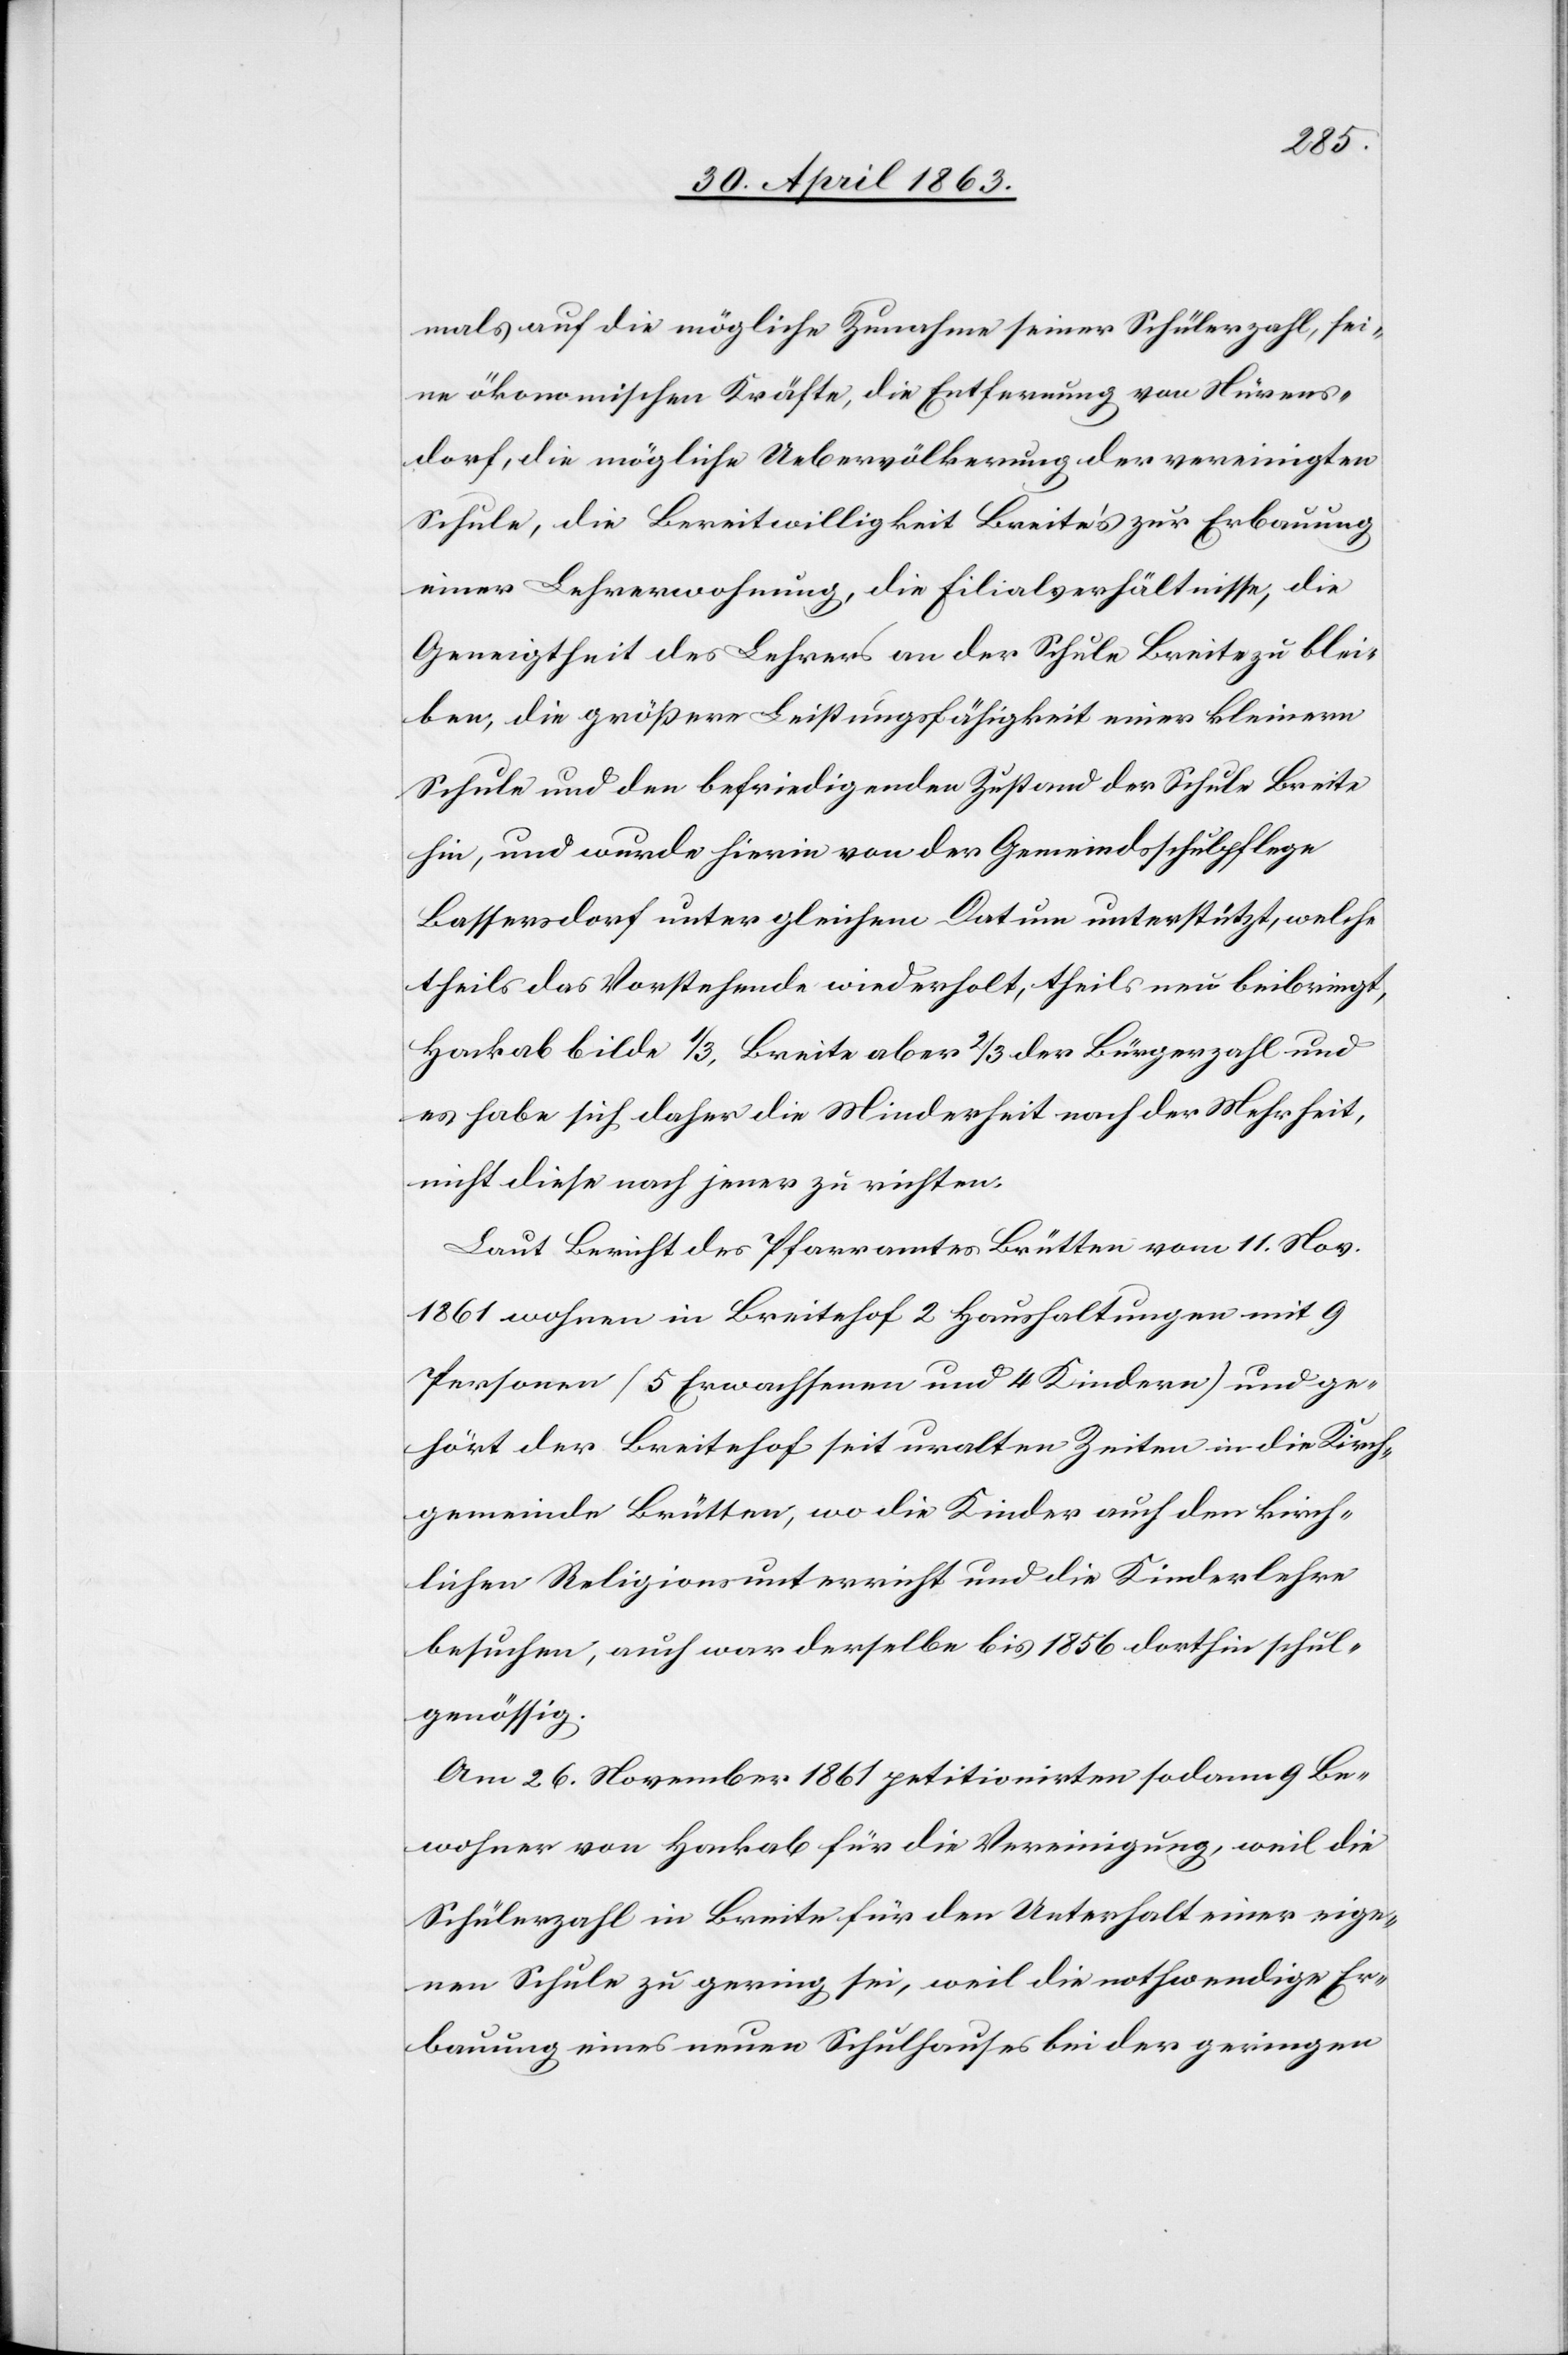
mals auf die mögliche Zunahme seiner Schülerzahl, sei¬
ne ökonomischen Kräfte, die Entfernung von Nürens¬
dorf, die mögliche Uebervölkerung der vereinigten
Schule, die Bereitwilligkeit Breite's zur Erbauung
einer Lehrerwohnung, die Filialverhältnisse, die
Geneigtheit des Lehrers an der Schule Breite zu blei¬
ben, die größere Leistungsfähigkeit einer kleinern
Schule und den befriedigenden Zustand der Schule Breite
hin, und wurde hierin von der Gemeindsschulpflege
Bassersdorf unter gleichem Datum unterstützt, welche
theils das Vorstehende wiederholt, theils neu beibringt,
Hackab bilde 1/3, Breite aber 2/3 der Bürgerzahl und
es habe sich daher die Minderheit nach der Mehrheit,
nicht diese nach jener zu richten.
Laut Bericht des Pfarramtes Brütten vom 11. Nov.
1861 wohnen in Breitehof 2 Haushaltungen mit 9
Personen (5 Erwachsenen und 4 Kindern) und ge¬
hört der Breitehof seit uralten Zeiten in die Kirch¬
gemeinde Brütten, wo die Kinder auch den kirch¬
lichen Religionsunterricht und die Kinderlehre
besuchen, auch war derselbe bis 1856 dorthin schul¬
genössig.
Am 26. November 1861 petitionirten sodann 9 Be¬
wohner von Hackab für die Vereinigung, weil die
Schülerzahl in Breite für den Unterhalt einer eige¬
nen Schule zu gering sei, weil die nothwendige Er¬
bauung eines neuen Schulhauses bei der geringen